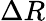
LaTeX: \Delta R